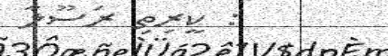
: ކީރިތި ރަސޫލާ